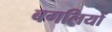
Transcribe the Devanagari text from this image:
बगलियों